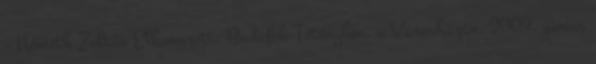
– Németh Zoltán Elhangzott: Budafok-Tétényben, a Városházán, 2009. június